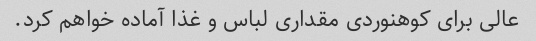
عالی برای کوهنوردی مقداری لباس و غذا آماده خواهم کرد.